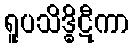
ရူပသိဒ္ဓိဋီကာ